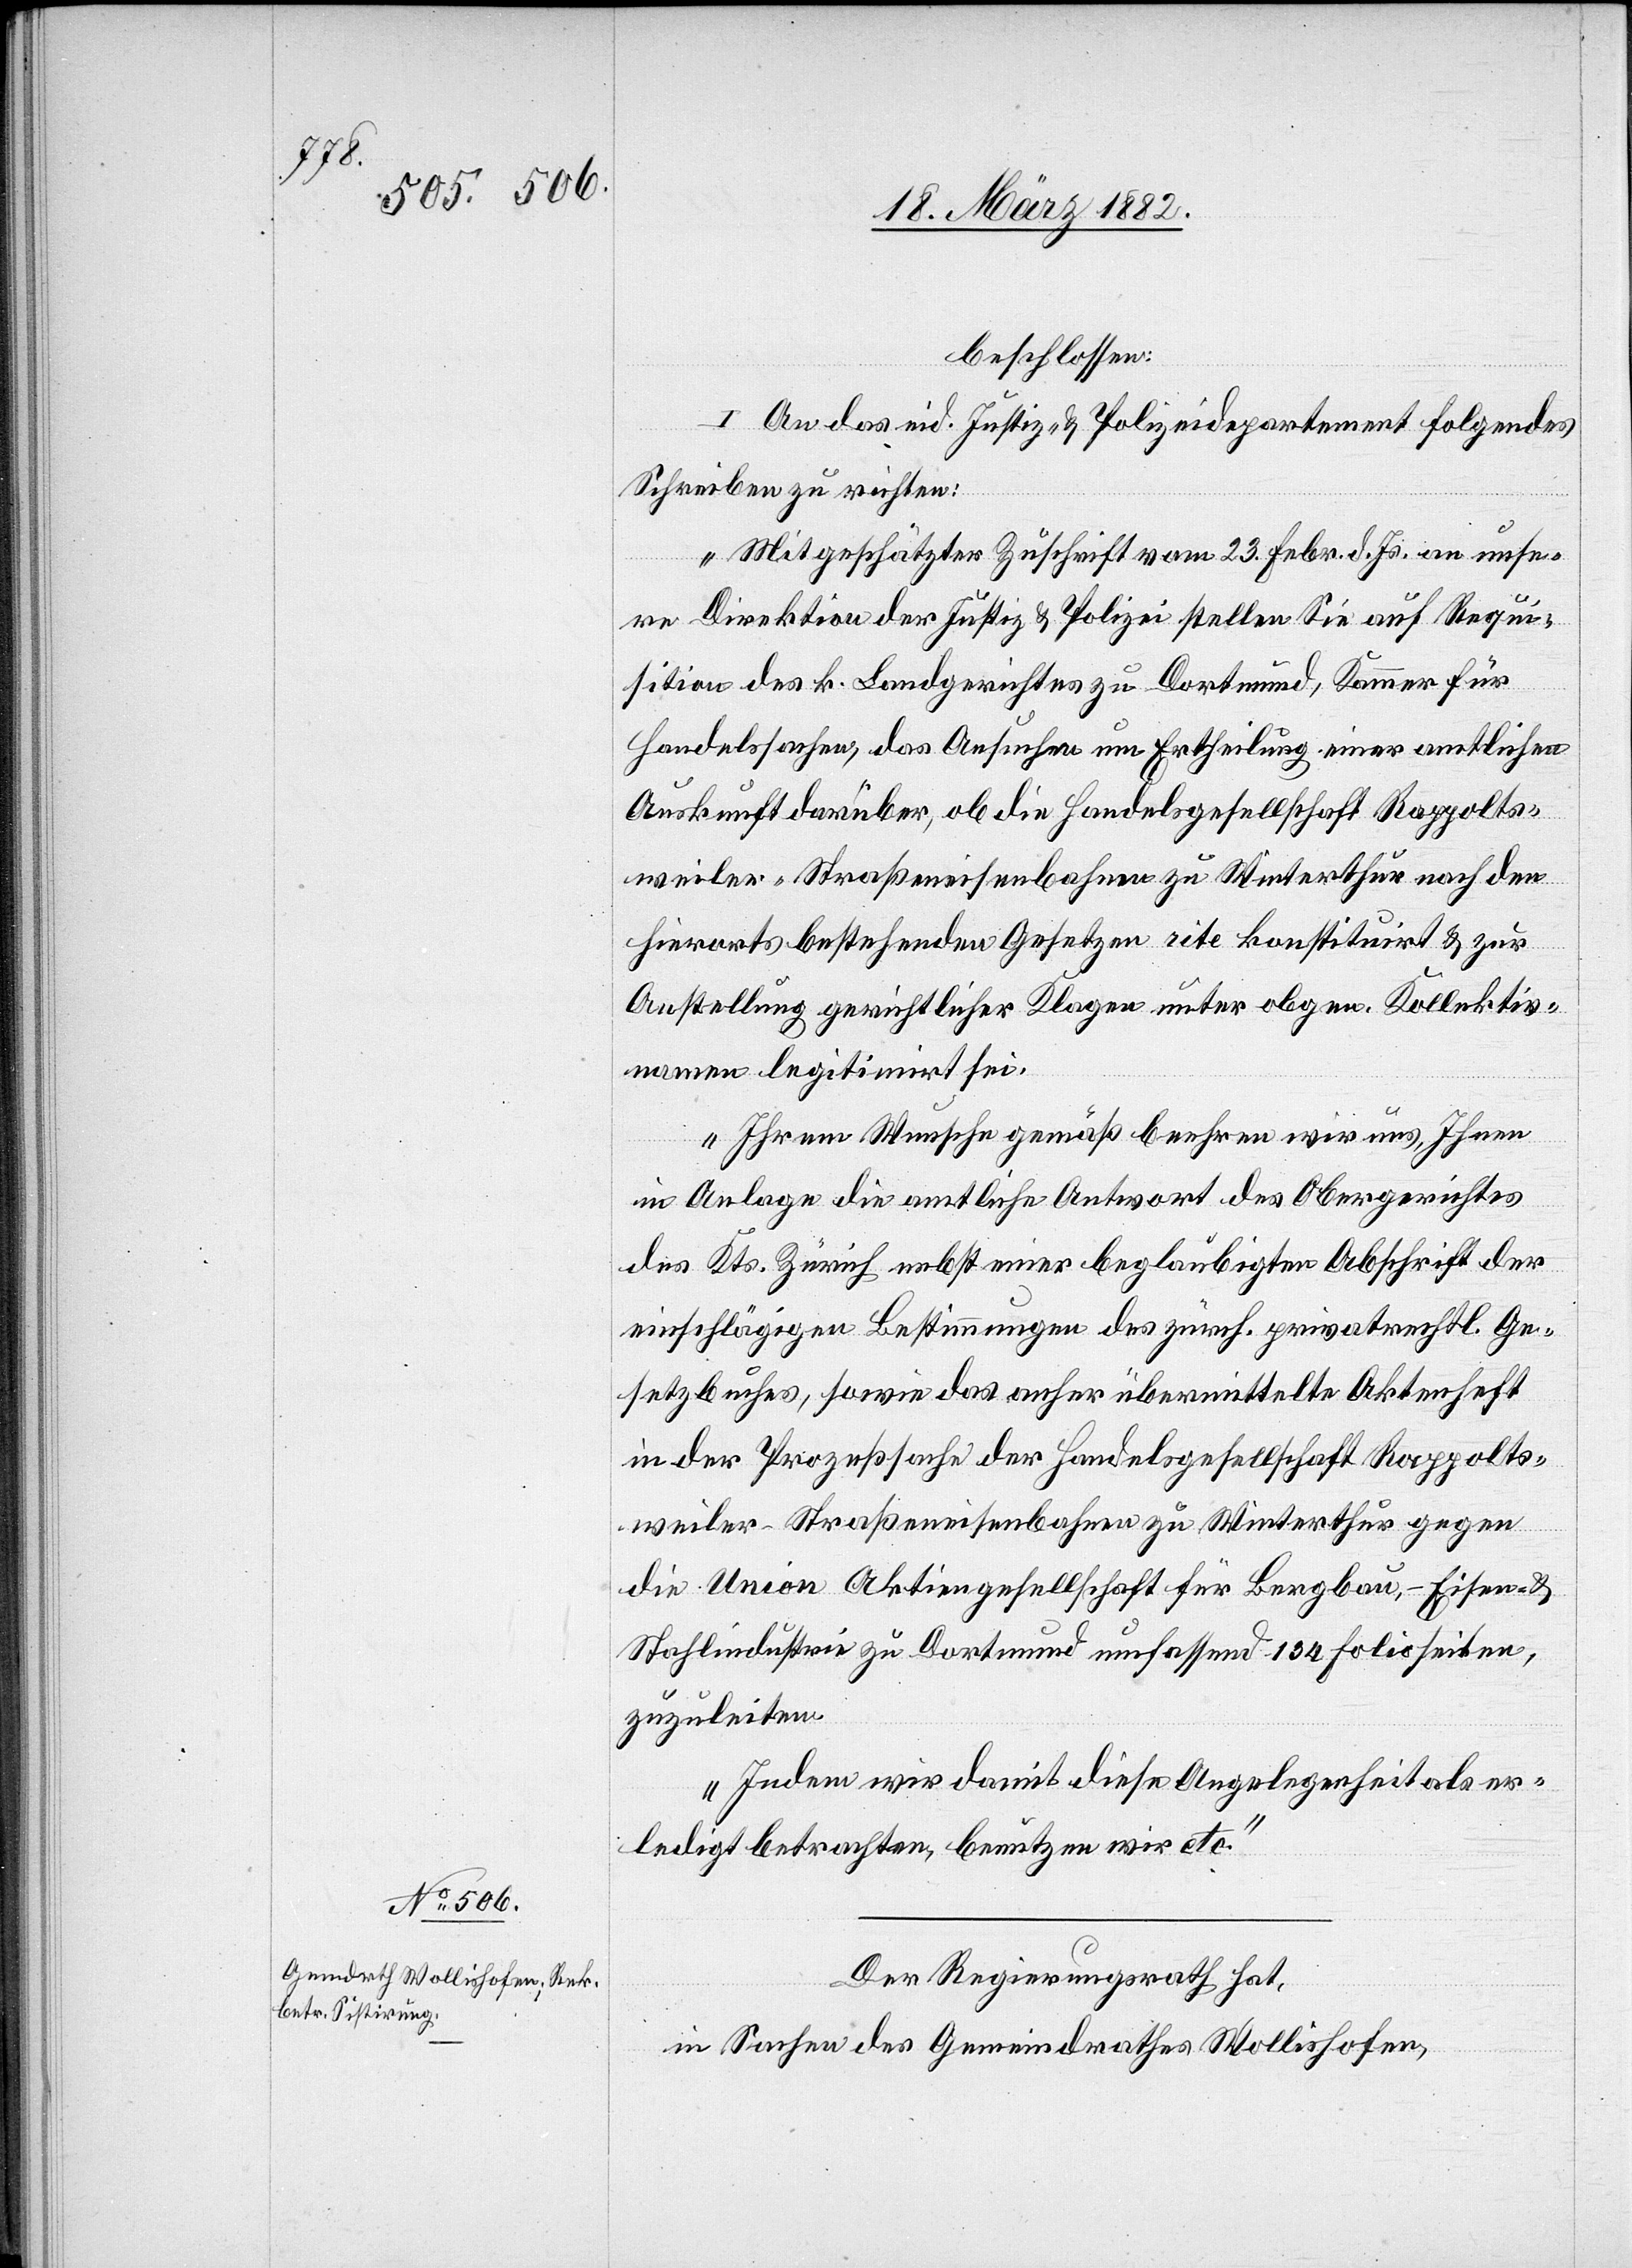
beschlossen:
I. An das eid. Justiz- & Polizeidepartement folgendes
Schreiben zu richten:
„Mit geschätzter Zuschrift vom 23. Febr. d. Js. an unse¬
re Direktion der Justiz- & Polizei stellen Sie auf Requi¬
sition des k. Landgerichtes zu Dortmund, Kammer für
Handelssachen, das Ansuchen um Ertheilung einer amtlichen
Auskunft darüber, ob die Handelsgesellschaft Rappolts¬
weiler-Straßeneisenbahnen zu Winterthur nach den
hierorts bestehenden Gesetzen rite konstituiert & zur
Anstellung gerichtlicher Klage unter obgen. Kollektiv¬
namen legitimirt sei.
Ihrem Wunsche gemäß beehren wir uns, Ihnen
in Anlage die amtliche Antwort des Obergerichtes
des Kts. Zürich nebst einer beglaubigten Abschrift der
einschlägigen Bestimmungen des zürch. privatrechtl. Ge¬
setzbuches, sowie das anher übermittelte Aktenheft
in der Prozeßsache der Handelsgesellschaft Rappolts¬
weiler-Straßeneisenbahnen zu Winterthur gegen
die Union Aktiengesellschaft für Bergbau-, Eisen- &
Stahlindustrie zu Dortmund umfassend 134 Folioseiten,
zuzuleiten.
Indem wir damit diese Angelegenheit als er¬
ledigt betrachten, benutzen wir etc.“
Der Regierungsrath hat,
in Sachen des Gemeindrathes Wollishofen,